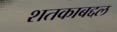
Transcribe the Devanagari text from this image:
शतकाबद्दल